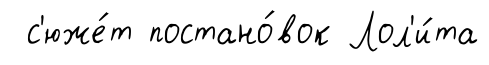
с'юже́т постано́вок Лол'и́та